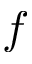
f